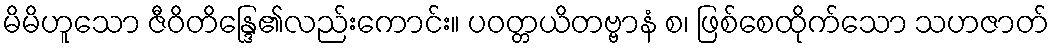
မိမိဟူသော ဇီဝိတိန္ဒြေ၏လည်းကောင်း။ ပဝတ္တယိတဗ္ဗာနံ စ၊ ဖြစ်စေထိုက်သော သဟဇာတ်